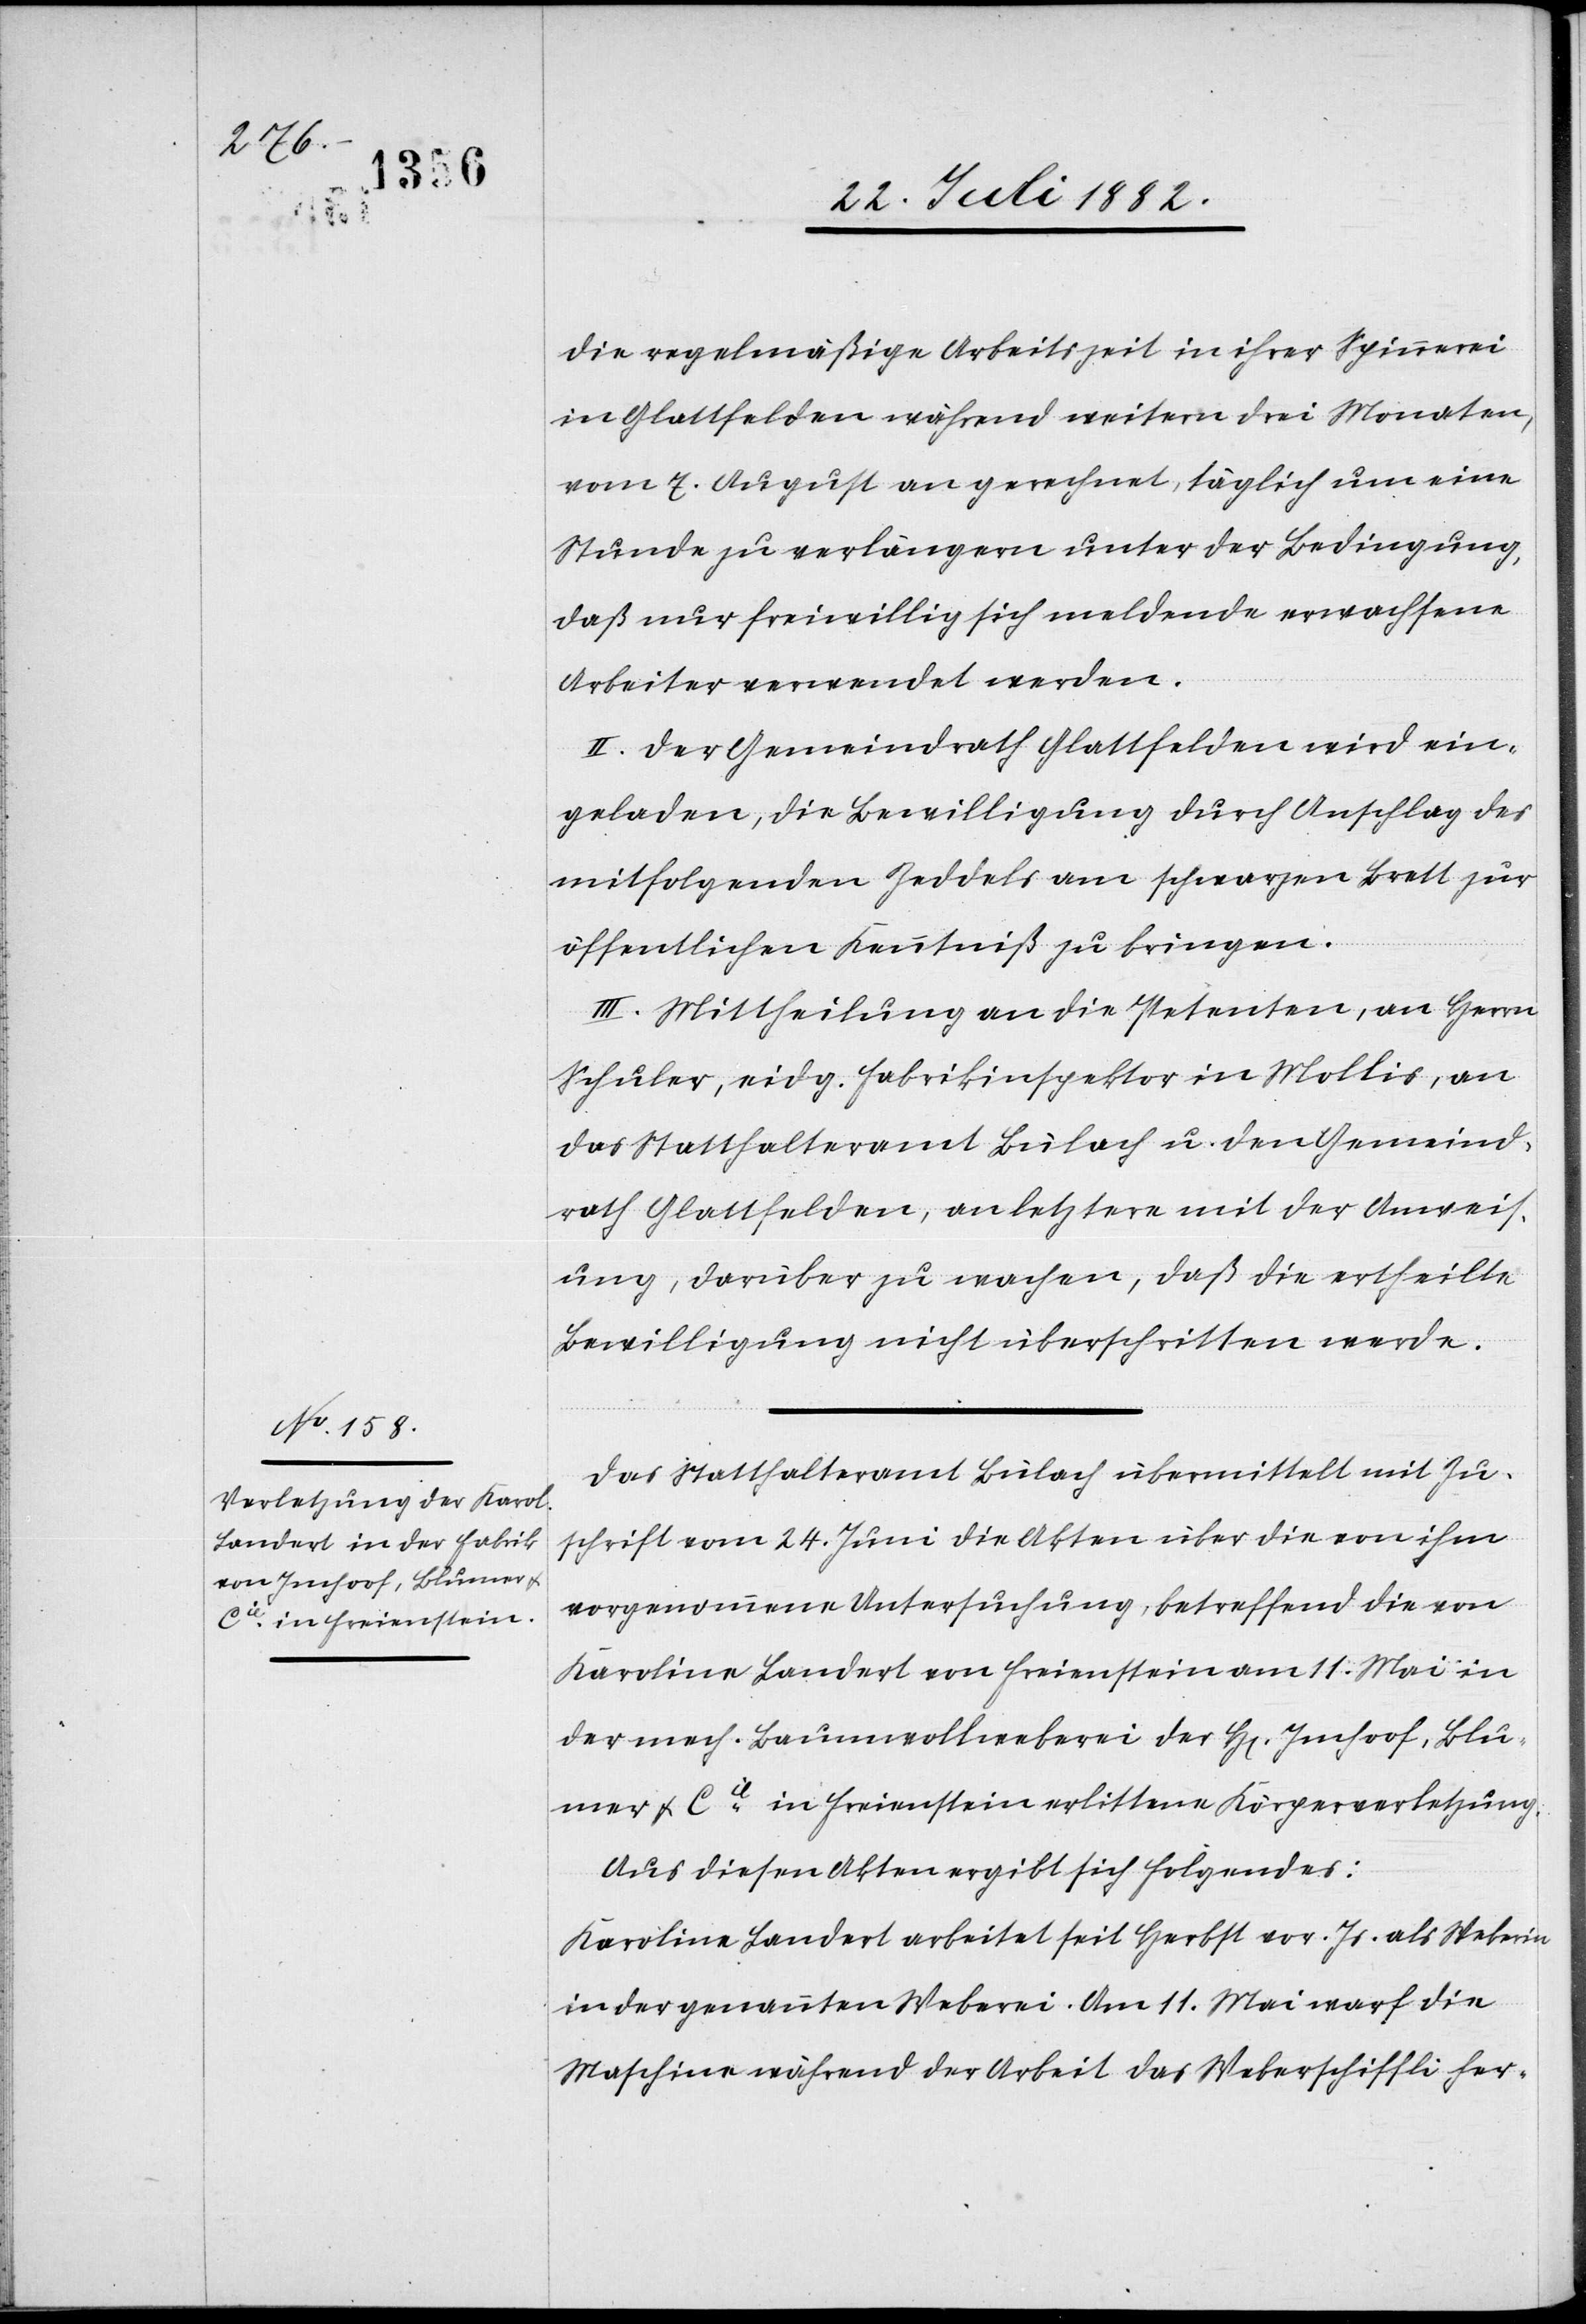
die regelmäßige Arbeitszeit in ihrer Spinnerei
in Glattfelden während weitern drei Monaten,
vom 7. August an gerechnet, täglich um eine
Stunde zu verlängern unter der Bedingung,
daß nur freiwillig sich meldende erwachsene
Arbeiter verwendet werden.
II. Der Gemeindrath Glattfelden wird ein¬
geladen, die Bewilligung durch Anschlag des
mitfolgenden Zeddels am schwarzen Brett zur
öffentlichen Kenntniß zu bringen.
III. Mittheilung an die Petenten, an Herrn
Schuler, eidg. Fabrikinspektor in Mollis, an
das Statthalteramt Bülach u. den Gemeind¬
rath Glattfelden, an letztere mit der Anweis¬
ung, darüber zu wachen, daß die ertheilte
Bewilligung nicht überschritten werde.
Das Statthalteramt Bülach übermittelt mit Zu¬
schrift vom 24. Juni die Akten über die von ihm
vorgenommene Untersuchung, betreffend die von
Karoline Landert von Freienstein am 11. Mai in
der mech. Baumwollweberei der H[erren] Imhoof, Blu¬
mer & Cie in Freienstein erlittene Körperverletzung.
Aus diesen Akten ergibt sich folgendes:
Karoline Landert arbeitet seit Herbst vor. Js. als Weberin
in der genannten Weberei. Am 11. Mai warf die
Maschine während der Arbeit das Weberschiffli her-